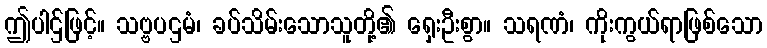
ဤပါဌ်ဖြင့်။ သဗ္ဗပဌမံ၊ ခပ်သိမ်းသောသူတို့၏ ရှေးဦးစွာ။ သရဏံ၊ ကိုးကွယ်ရာဖြစ်သော